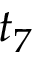
t _ { 7 }